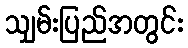
သျှမ်းပြည်အတွင်း